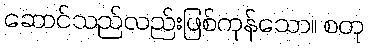
ဆောင်သည်လည်းဖြစ်ကုန်သော။ စတု